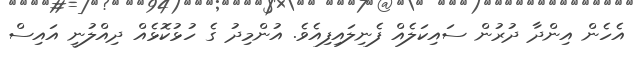
އެހެން އިންދާ ދުރުން ސައިކަލެއް ފެނިލައިފިއެވެ. އުންމިދު ގެ ހުޅުކޮޅެއް ދިއްލުނީ އައިސް